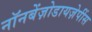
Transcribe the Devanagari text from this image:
नॉनबेंज़ोडायज़ेपींस